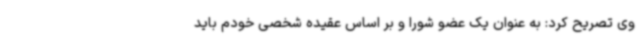
وی تصریح کرد: به عنوان یک عضو شورا و بر اساس عقیده شخصی خودم باید